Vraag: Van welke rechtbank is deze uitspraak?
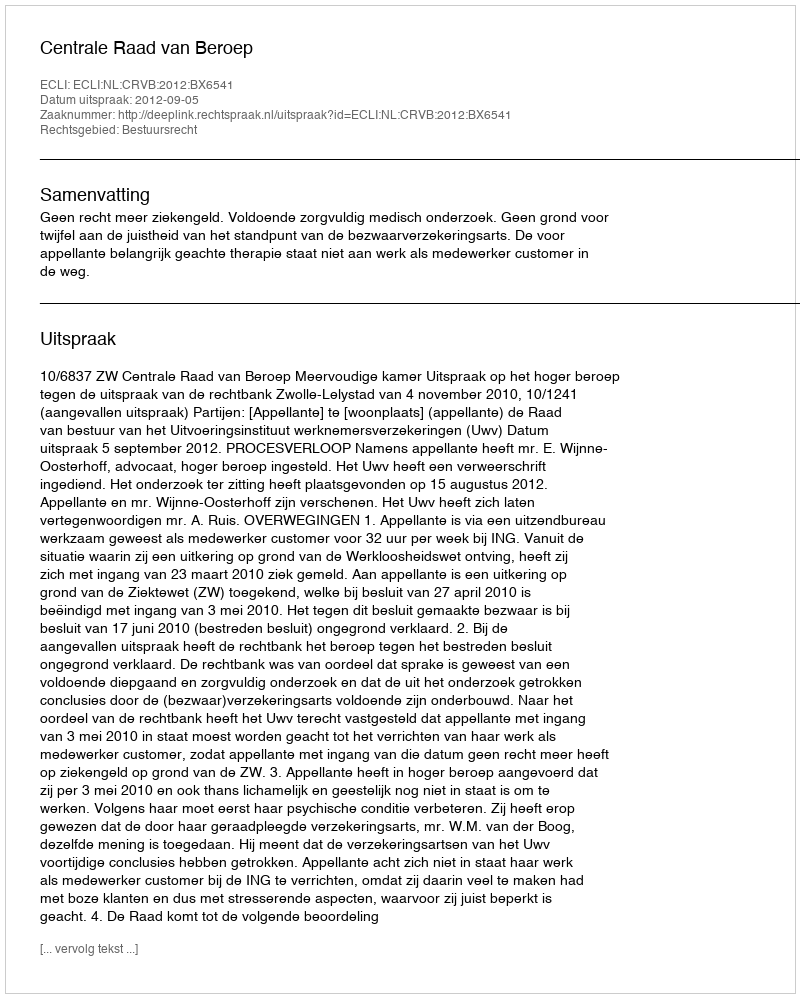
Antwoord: Centrale Raad van Beroep